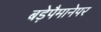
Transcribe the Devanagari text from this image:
बड़ेपैमानेपर